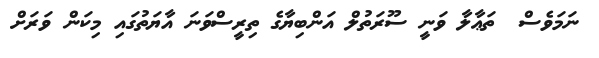
ނަމަވެސް  ތަޢާލާ ވަނީ ސޫރަތުލް އަންބިޔާގެ ތިރީސްވަނަ އާޔަތުގައި މިކަން ވަރަށް